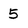
Character: 5